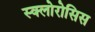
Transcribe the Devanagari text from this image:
स्क्लोरोसिस